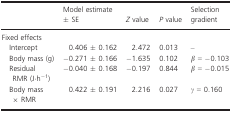
<table><thead><tr><td></td><td><b>Model estimate± SE</b></td><td><b><i>Z</i> value</b></td><td><b><i>P</i> value</b></td><td><b>Selection gradient</b></td></tr></thead><tbody><tr><td colspan="5">Fixed effects</td></tr><tr><td> Intercept</td><td>0.406 ± 0.162</td><td>2.472</td><td>0.013</td><td>–</td></tr><tr><td> Body mass (g)</td><td>−0.271 ± 0.166</td><td>−1.635</td><td>0.102</td><td><i>β</i> = −0.103</td></tr><tr><td> Residual RMR (J·h<sup>−1</sup>)</td><td>−0.040 ± 0.168</td><td>−0.197</td><td>0.844</td><td><i>β</i> = −0.015</td></tr><tr><td> Body mass × RMR</td><td>0.422 ± 0.191</td><td>2.216</td><td>0.027</td><td><i>γ</i> = 0.160</td></tr></tbody></table>